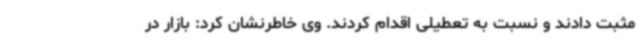
مثبت دادند و نسبت به تعطیلی اقدام کردند. وی خاطرنشان کرد: بازار در